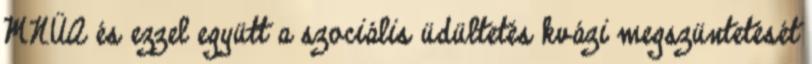
MNÜA és ezzel együtt a szociális üdültetés kvázi megszüntetését